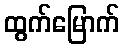
ထွက်မြောက်